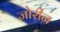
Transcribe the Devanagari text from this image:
जोरीन